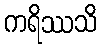
ကရိဿသိ